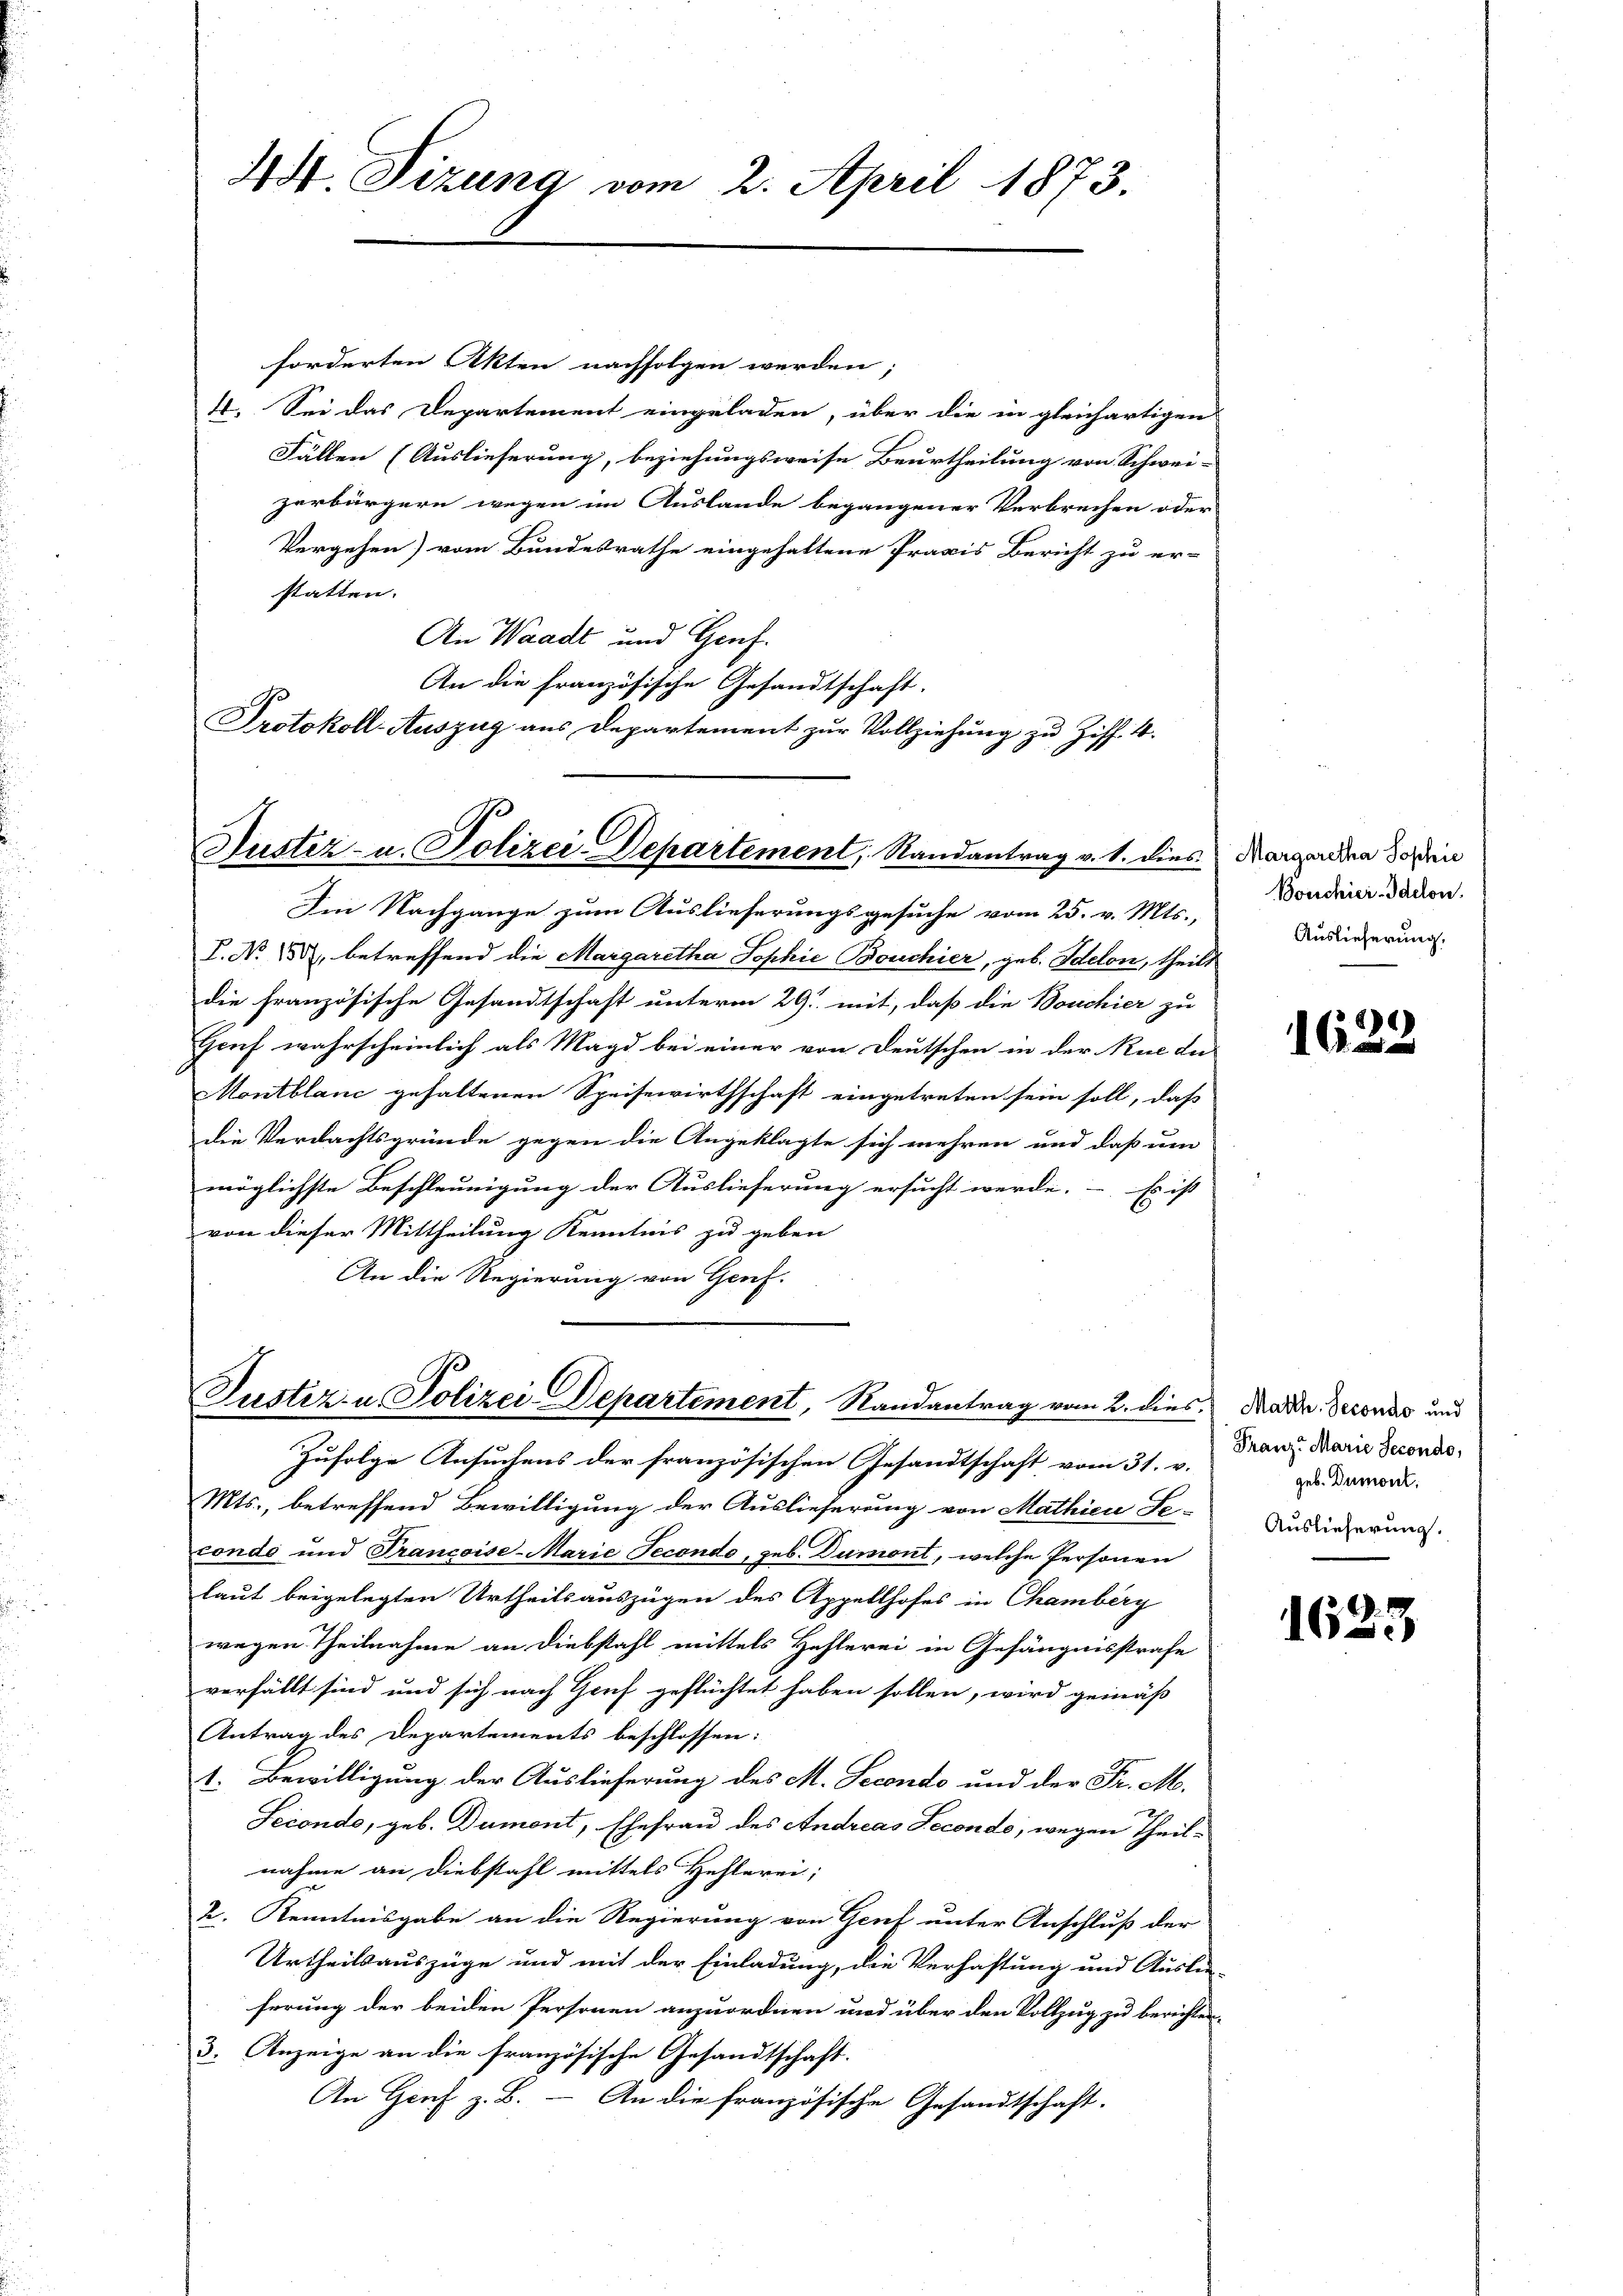
44. Sizung vom 2. April 1873.

forderten Akten nachfolgen werden;
4. Sei das Departement eingeladen, über die in gleichartigen
Fällen (Auslieferung, beziehungsweise Beurtheilung von Schwei-
zerbürgern wegen im Auslande begangener Verbrechen oder
Vergehen) vom Bundesrathe eingehaltene Praxis Bericht zu er-
statten. |
An Waadt und Genf.
An die französische Gesandtschaft,
Protokoll-Auszug aus Departement zur Vollziehung zu Ziff. 4.

Justiz- u. Polizei-Departement, Randantrag v. 1. dies

Im Nachgange zum Auslieferungsgesuche vom 25. v. Mts.,
T. No. 3. betreffend die Margaretha Sophie Bouchier, geb. Idelon, theilt
die französische Gesandtschaft unterm 29. mit, daß die Bouchier zu
Genf wahrscheinlich als Magd bei einer von Deutschen in der Rue du
Montblanc gehaltenen Speisewirthschaft eingetreten sein soll, daß
die Verdachtsgründe gegen die Angeklagte sich mehren und daß um
möglichste Beschleunigung der Auslieferung ersucht werde. - Es ist
von dieser Mittheilung Kenntnis zu geben
An die Regierung von Genf.

Justiz- u Polizei-Departement, Randantrag vom 2. dies. Mad. Veronus und
Zufolge Ansuchens der französischen Gesandtschaft vom 31. v.

Mts., betreffend Bewilligung der Auslieferung von Mathien Se-
condo und Francoise-Marie Fecondo, sub. Dumont, welche Personen
laut beigelegten Urtheilsauszügen des Appellhofes in Chamberg
wegen Theilnahme an Diebstahl mittels Hehlerei in Gefängnisstrafe
verfällt sind und sich nach Genf geflüchtet haben sollen, wird gemäß
Antrag des Departements beschlossen:
1. Bewilligung der Auslieferung des M. Secondo und der Fr. M.
Secondo, geb. Dumont, Ehefrau des Andreas Secondo, wegen Theilnahme an Diebstahl mittels Hehlerei;
2. Kenntnisgabe an die Regierung von Genf unter Anschluß der
Urtheilsauszüge und mit der Einladung, die Verhaftung und Auslie-
herung der beiden Personen anzuordnen und über den Vollzug zu berichten
3. Anzeige an die französische Gesandtschaft.
An Genf z. B. — An die französische Gesandtschaft.

Margaretha Sophie
Bouchier -Idelon.
Auslieferung,

1622

Franz Marie Secondo,
geb. Dumont.
Auslieferung.

1623